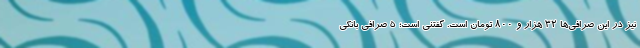
نیز در این صرافی‌ها ۳۲ هزار و ۸۰۰ تومان است. گفتنی است؛ ۵ صرافی بانکی